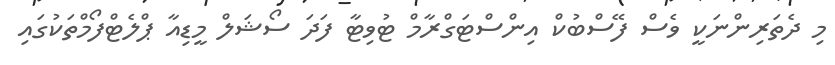
މި ދެތަރިންނަކީ ވެސް ފޭސްބުކް އިންސްޓަގްރާމް ޓުވިޓާ ފަދަ ސޯޝަލް މީޑިއާ ޕްލެޓްފޯމްތަކުގައި